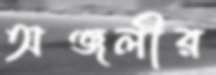
অঞ্জলীর